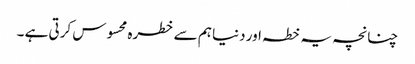
چنانچہ یہ خطہ اور دنیا ہم سے خطرہ محسوس کرتی ہے ۔